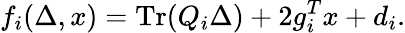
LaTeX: f_{i}(\Delta,x)=\operatorname{Tr}(Q_{i}\Delta)+2g_{i}^{T}x+d_{i}.